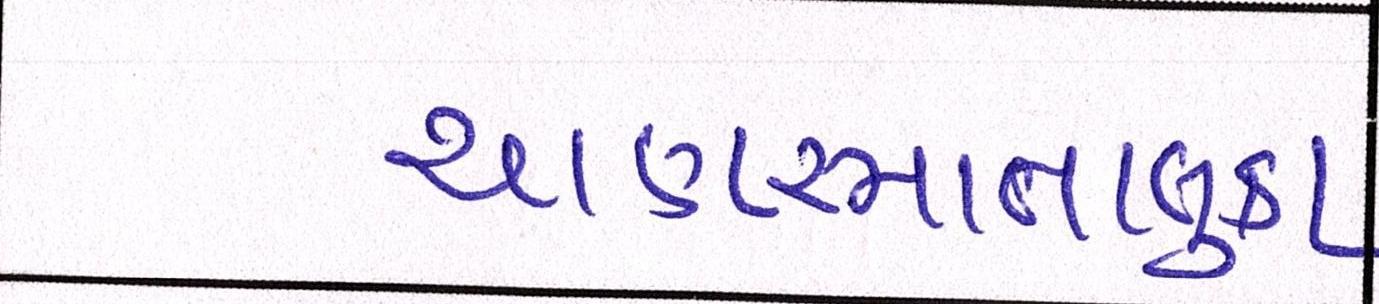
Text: ચાણસ્માતાલુકા